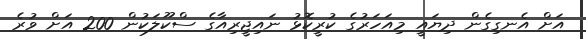
އަށް އެނގިގެން ދިޔައީ މިއަހަރުގެ ކުރީކޮޅު ނައިޖީރިއާގެ ސްކޫލަކުން 200 އަށް ވުރެ